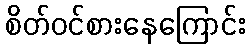
စိတ်ဝင်စားနေကြောင်း